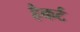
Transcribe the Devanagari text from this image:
हैकर्ट